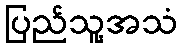
ပြည်သူ့အသံ